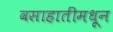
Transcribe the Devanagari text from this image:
वसाहातींमधून